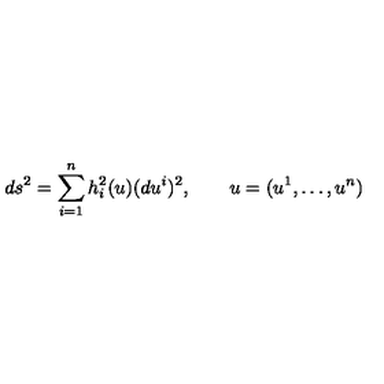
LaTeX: d s ^ { 2 } = \sum _ { i = 1 } ^ { n } h _ { i } ^ { 2 } ( u ) ( d u ^ { i } ) ^ { 2 } , \qquad u = ( u ^ { 1 } , \dots , u ^ { n } )